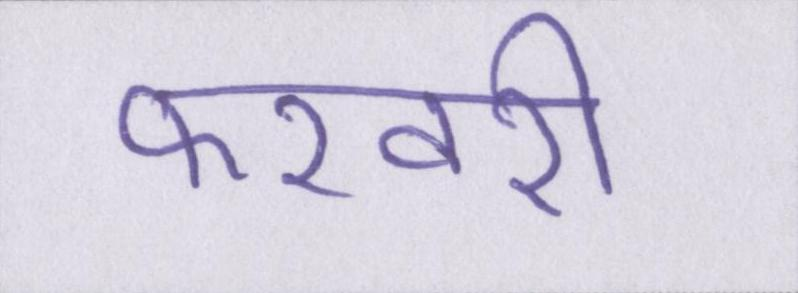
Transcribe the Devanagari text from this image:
फरवरी